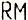
RM